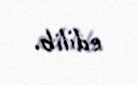
edilib.